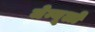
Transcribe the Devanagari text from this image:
जेम्यूलों